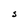
Character: S